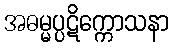
အဓမ္မပ္ပဋိက္ကောသနာ